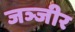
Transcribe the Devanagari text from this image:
जञ्जीर